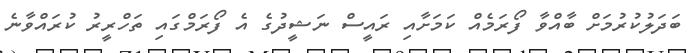
ބަދަލުކުރުމަށް ބާއްވާ ފޯރަމެއް ކަމަށާއި ރައީސް ނަޝީދުގެ އެ ފޯރަމްގައި ތަހްރީރު ކުރައްވާނެ